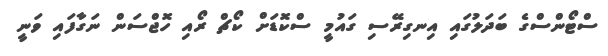
ސްޓޯންސްގެ ބަދަލުގައި އިނގިރޭސި ގައުމީ ސްކޮޑަށް ކޯޗް ރޯއި ހޮޖްސަން ނަގާފައި ވަނީ